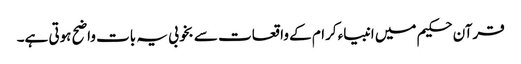
قرآن حکیم میں انبیاء کرام کے واقعات سے بخوبی یہ بات واضح ہوتی ہے۔